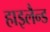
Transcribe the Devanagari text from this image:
हाइलैन्ड